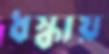
ধস্‌কায়